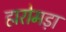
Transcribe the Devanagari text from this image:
हारोमड़ा